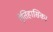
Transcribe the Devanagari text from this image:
ऐतिहासिक।